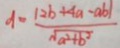
d = \frac { \vert 2 b + 4 a - a b \vert } { \sqrt { a ^ { 2 } + b ^ { 2 } } }